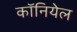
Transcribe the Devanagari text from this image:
कॉनियेल